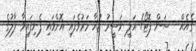
ގެއެއް-- ސަން ފޮޓޯ/ އަލީ ނަސީރު ޒުހާ މަރުވެފައި އޮށްވައި ފެނިފައިވާ ލާލުގެ